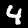
Label: 4